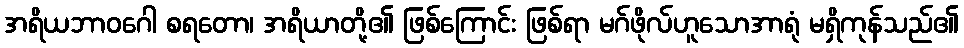
အရိယဘာဝဂေါ စရတော၊ အရိယာတို့၏ ဖြစ်ကြောင်း ဖြစ်ရာ မဂ်ဖိုလ်ဟူသောအာရုံ မရှိကုန်သည်၏